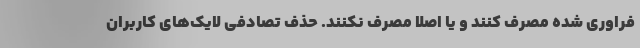
فراوری شده مصرف کنند و یا اصلا مصرف نکنند. حذف تصادفی لایک‌های کاربران